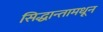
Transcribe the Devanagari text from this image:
सिद्धान्तामधून